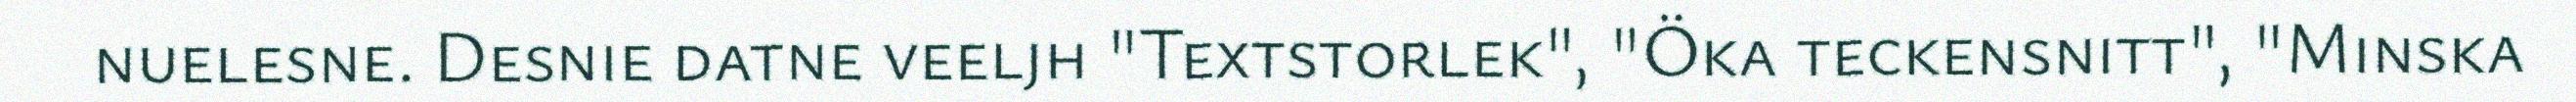
nuelesne. Desnie datne veeljh "Textstorlek", "Öka teckensnitt", "Minska